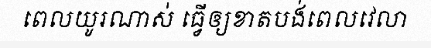
ពេលយូរណាស់ ធ្វើឲ្យខាតបង់ពេលវេលា